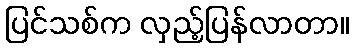
ပြင်သစ်က လှည့်ပြန်လာတာ။